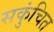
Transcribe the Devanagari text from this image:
सकुंचित